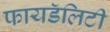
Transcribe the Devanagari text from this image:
फायडॅलिटी